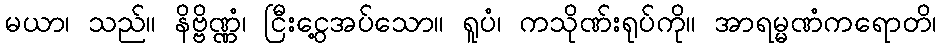
မယာ၊ သည်။ နိဗ္ဗိဏ္ဏံ၊ ငြီးငွေ့အပ်သော။ ရူပံ၊ ကသိုဏ်းရုပ်ကို။ အာရမ္မဏံကရောတိ၊